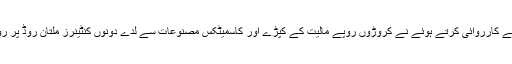
جس پر کسٹمز انٹیلی جنس ٹیم نے کارروائی کرتے ہوئے نے کروڑوں روپے مالیت کے کپڑے اور کاسمیٹکس مصنوعات سے لدے دونوں کنٹینرز ملتان روڈ پر روک کر تحویل میں لے لئے ہیں۔